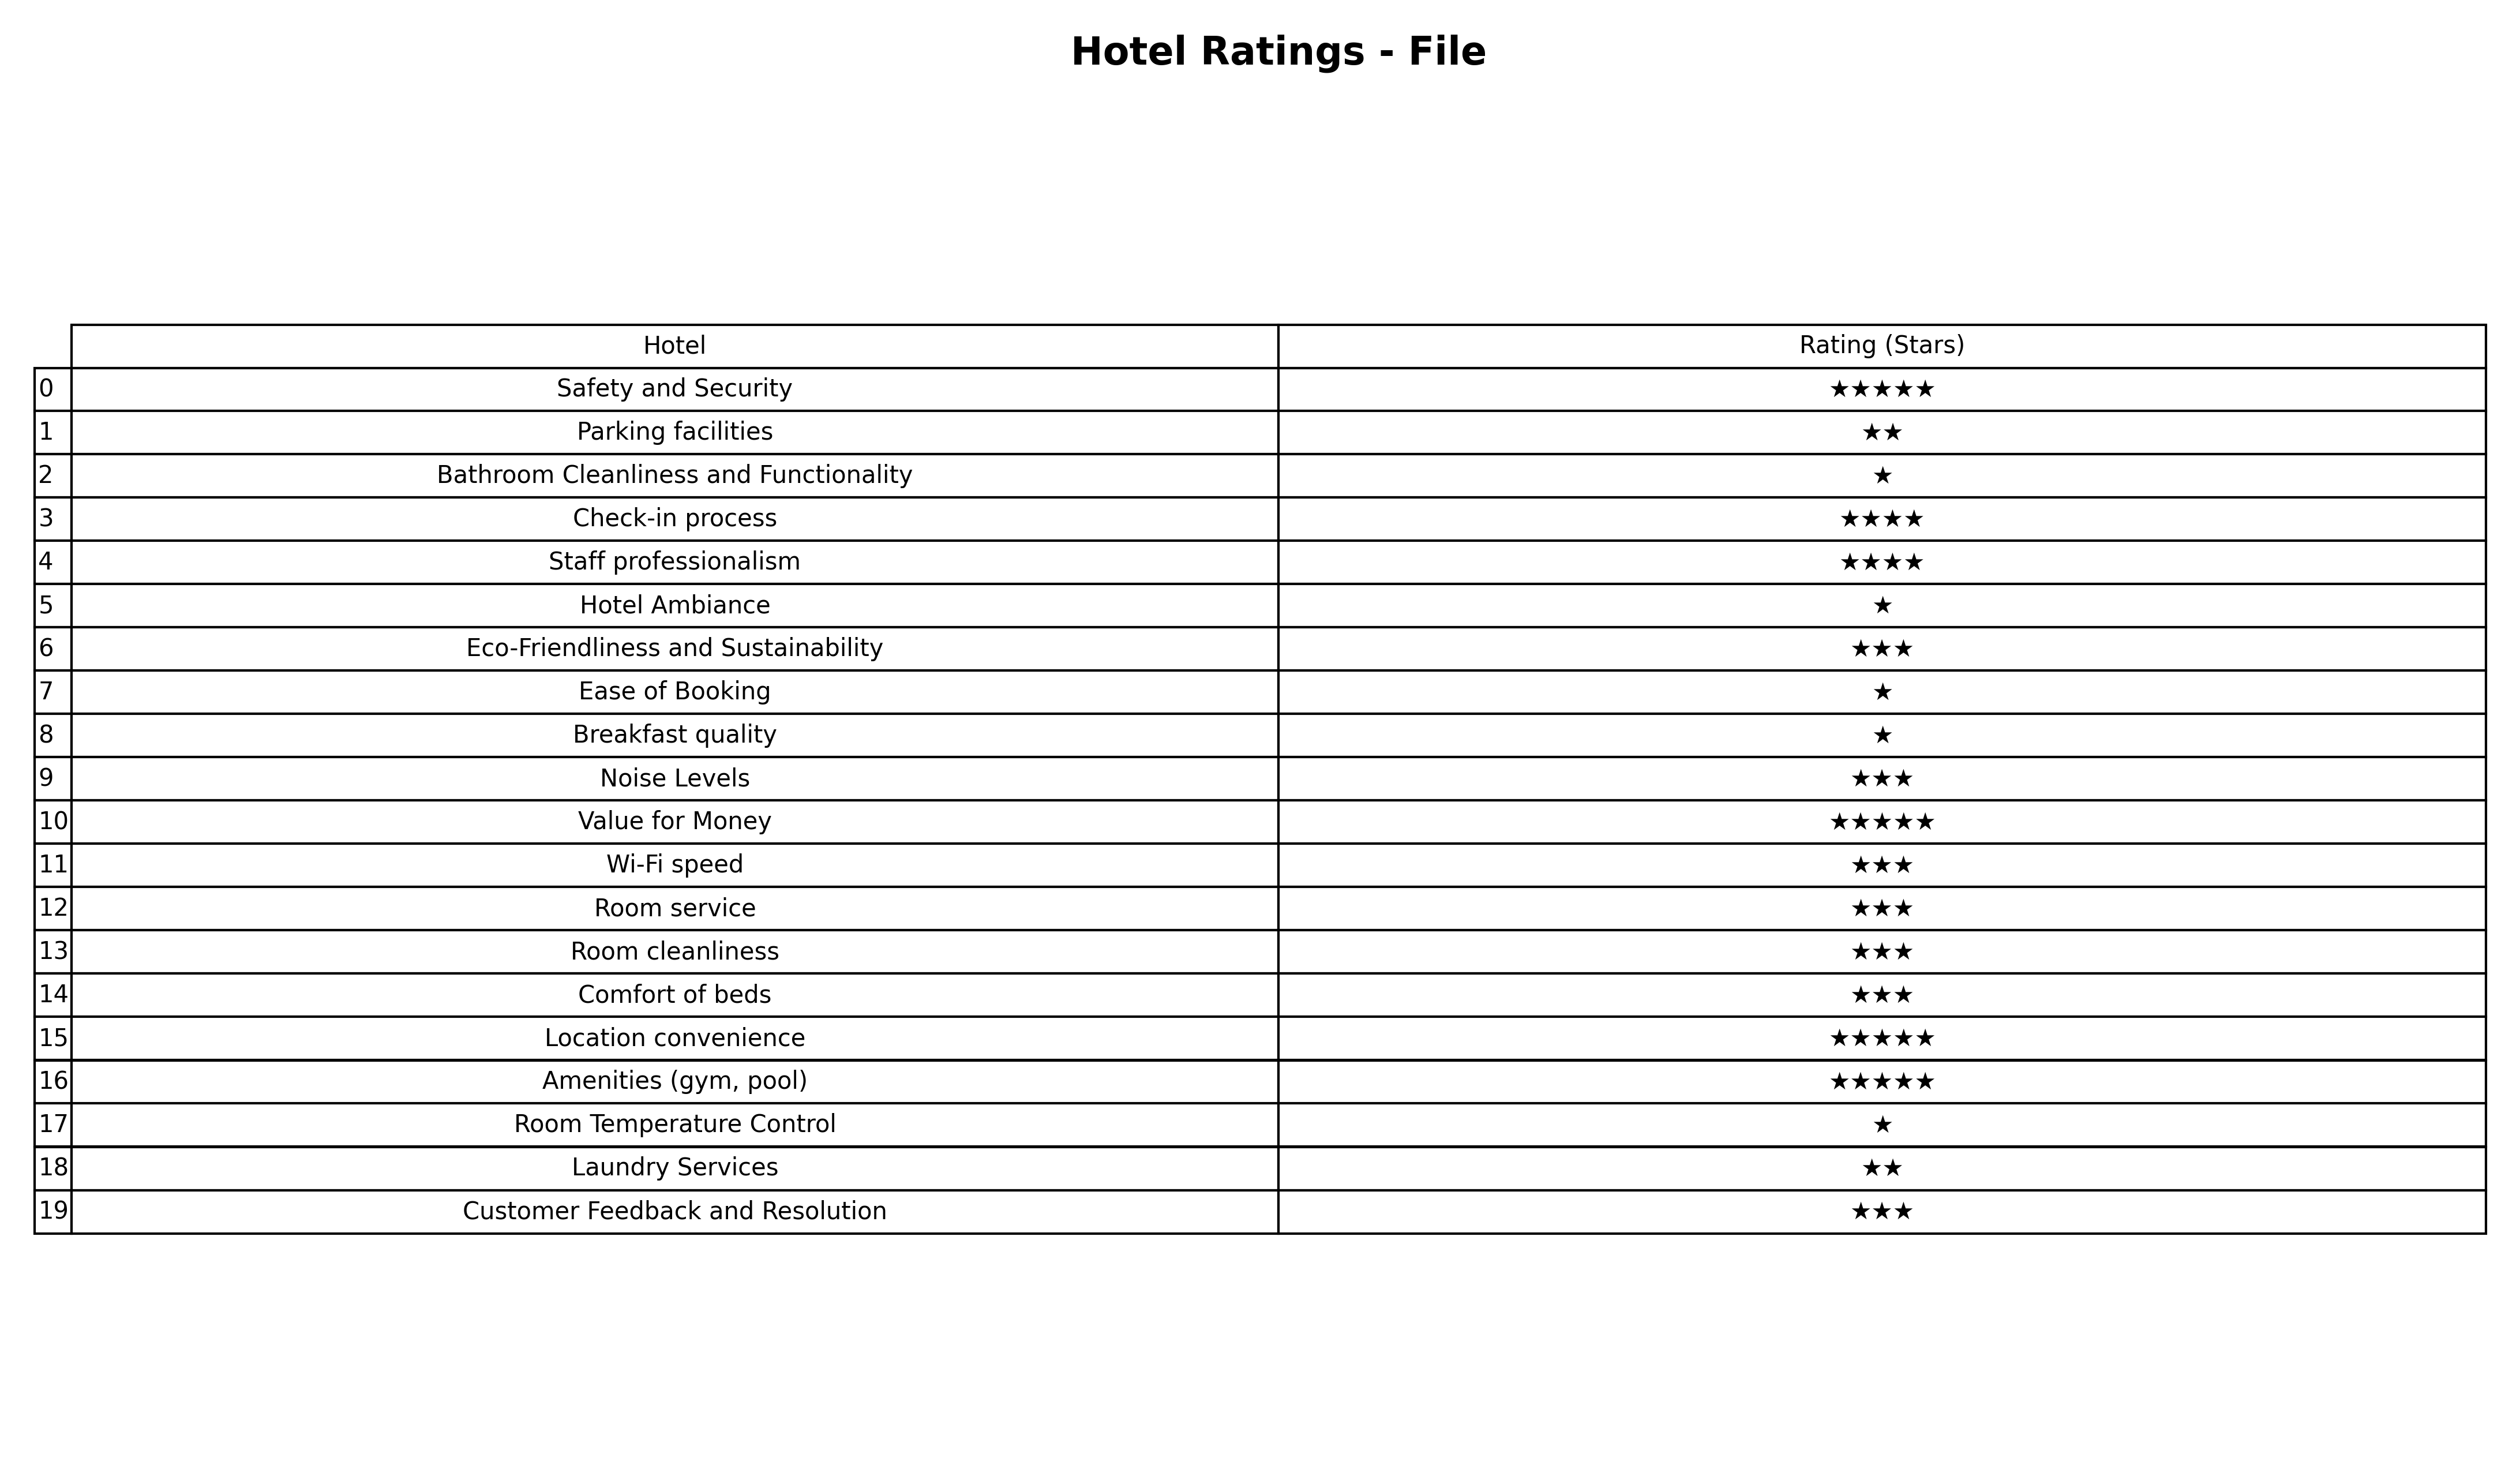
question: What is the rating of Ease of Booking?
answer: ★